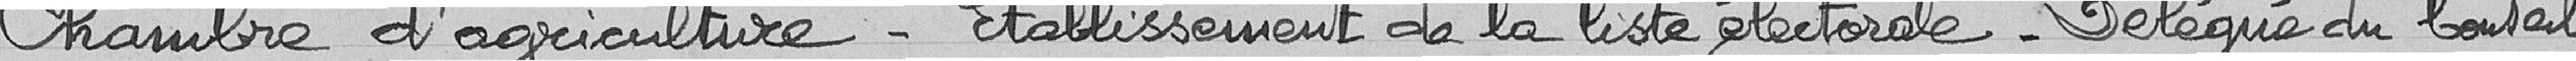
Chambre d'agriculture  - Etablissement de la liste électorale - Délégué du Conseil